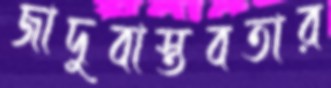
জাদুবাস্তবতার